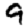
Digit: 9